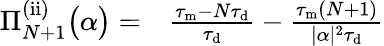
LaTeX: \begin{array}{rl}{\Pi_{N+1}^{\mathrm{(ii)}}\big(\alpha\big)=}&{{}\frac{\tau_{\mathrm{m}}-N\tau_{\mathrm{d}}}{\tau_{\mathrm{d}}}-\frac{\tau_{\mathrm{m}}(N+1)}{|\alpha|^{2}\tau_{\mathrm{d}}}}\end{array}